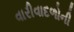
વારીવાદળોની